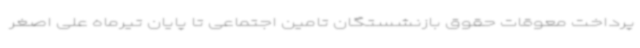
پرداخت معوقات حقوق بازنشستگان تامین اجتماعی تا پایان تیرماه علی اصغر